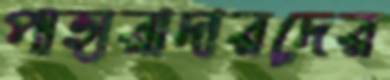
পাহারাদারদের